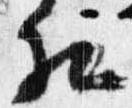
相